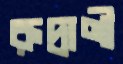
রুদ্রাণী